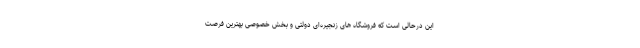
این درحالی است که فروشگاه های زنجیره‌ای دولتی و بخش خصوصی بهترین فرصت